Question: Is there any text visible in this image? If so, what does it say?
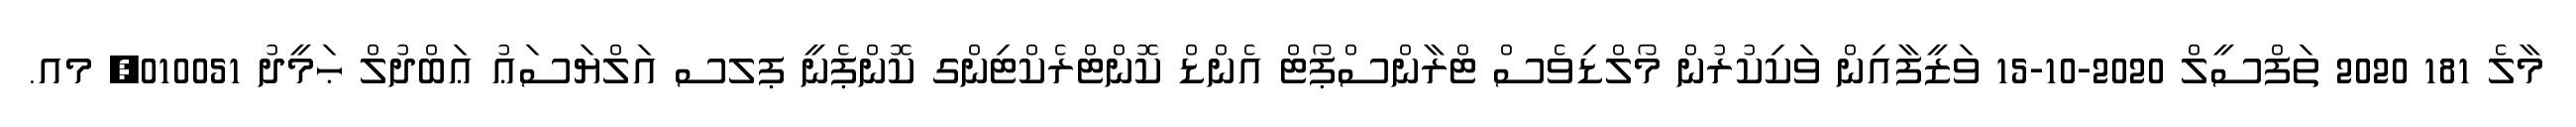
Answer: މާލެ 181 2020 ތަފްސީލް 2020-10-15 ވަޒީފާއިން ވަކިކުރުން މޯލްޑިވެސް ޓްރާންސްޕޯޓް އެންޑް ކޮންޓްރެކްޓިންގ ކޮންޕެނީ ޕލސ އަލްޔަސަޢު ޢަބްދުލް ޙަމީދު 010051, މއ.